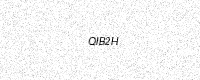
Text: QIB2H